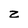
Character: z